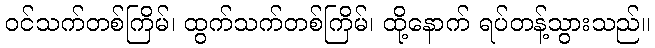
ဝင်သက်တစ်ကြိမ်၊ ထွက်သက်တစ်ကြိမ်၊ ထို့နောက် ရပ်တန့်သွားသည်။